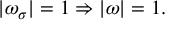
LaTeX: | \omega _ { \sigma } | = 1 \Rightarrow | \omega | = 1 .